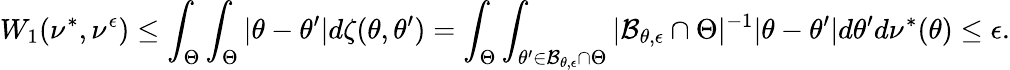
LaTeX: W_{1}(\nu^{*},\nu^{\epsilon})\leq\int_{\Theta}\int_{\Theta}|\theta-\theta^{\prime}|d\zeta(\theta,\theta^{\prime})=\int_{\Theta}\int_{\theta^{\prime}\in\mathcal B_{\theta,\epsilon}\cap\Theta}|\mathcal B_{\theta,\epsilon}\cap\Theta|^{-1}|\theta-\theta^{\prime}|d\theta^{\prime}d\nu^{*}(\theta)\leq\epsilon.